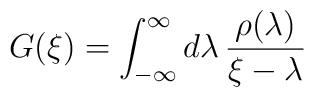
G(\xi ) = \int_{-\infty }^{\infty } d\lambda \,\frac{\rho (\lambda ) }{\xi -\lambda }